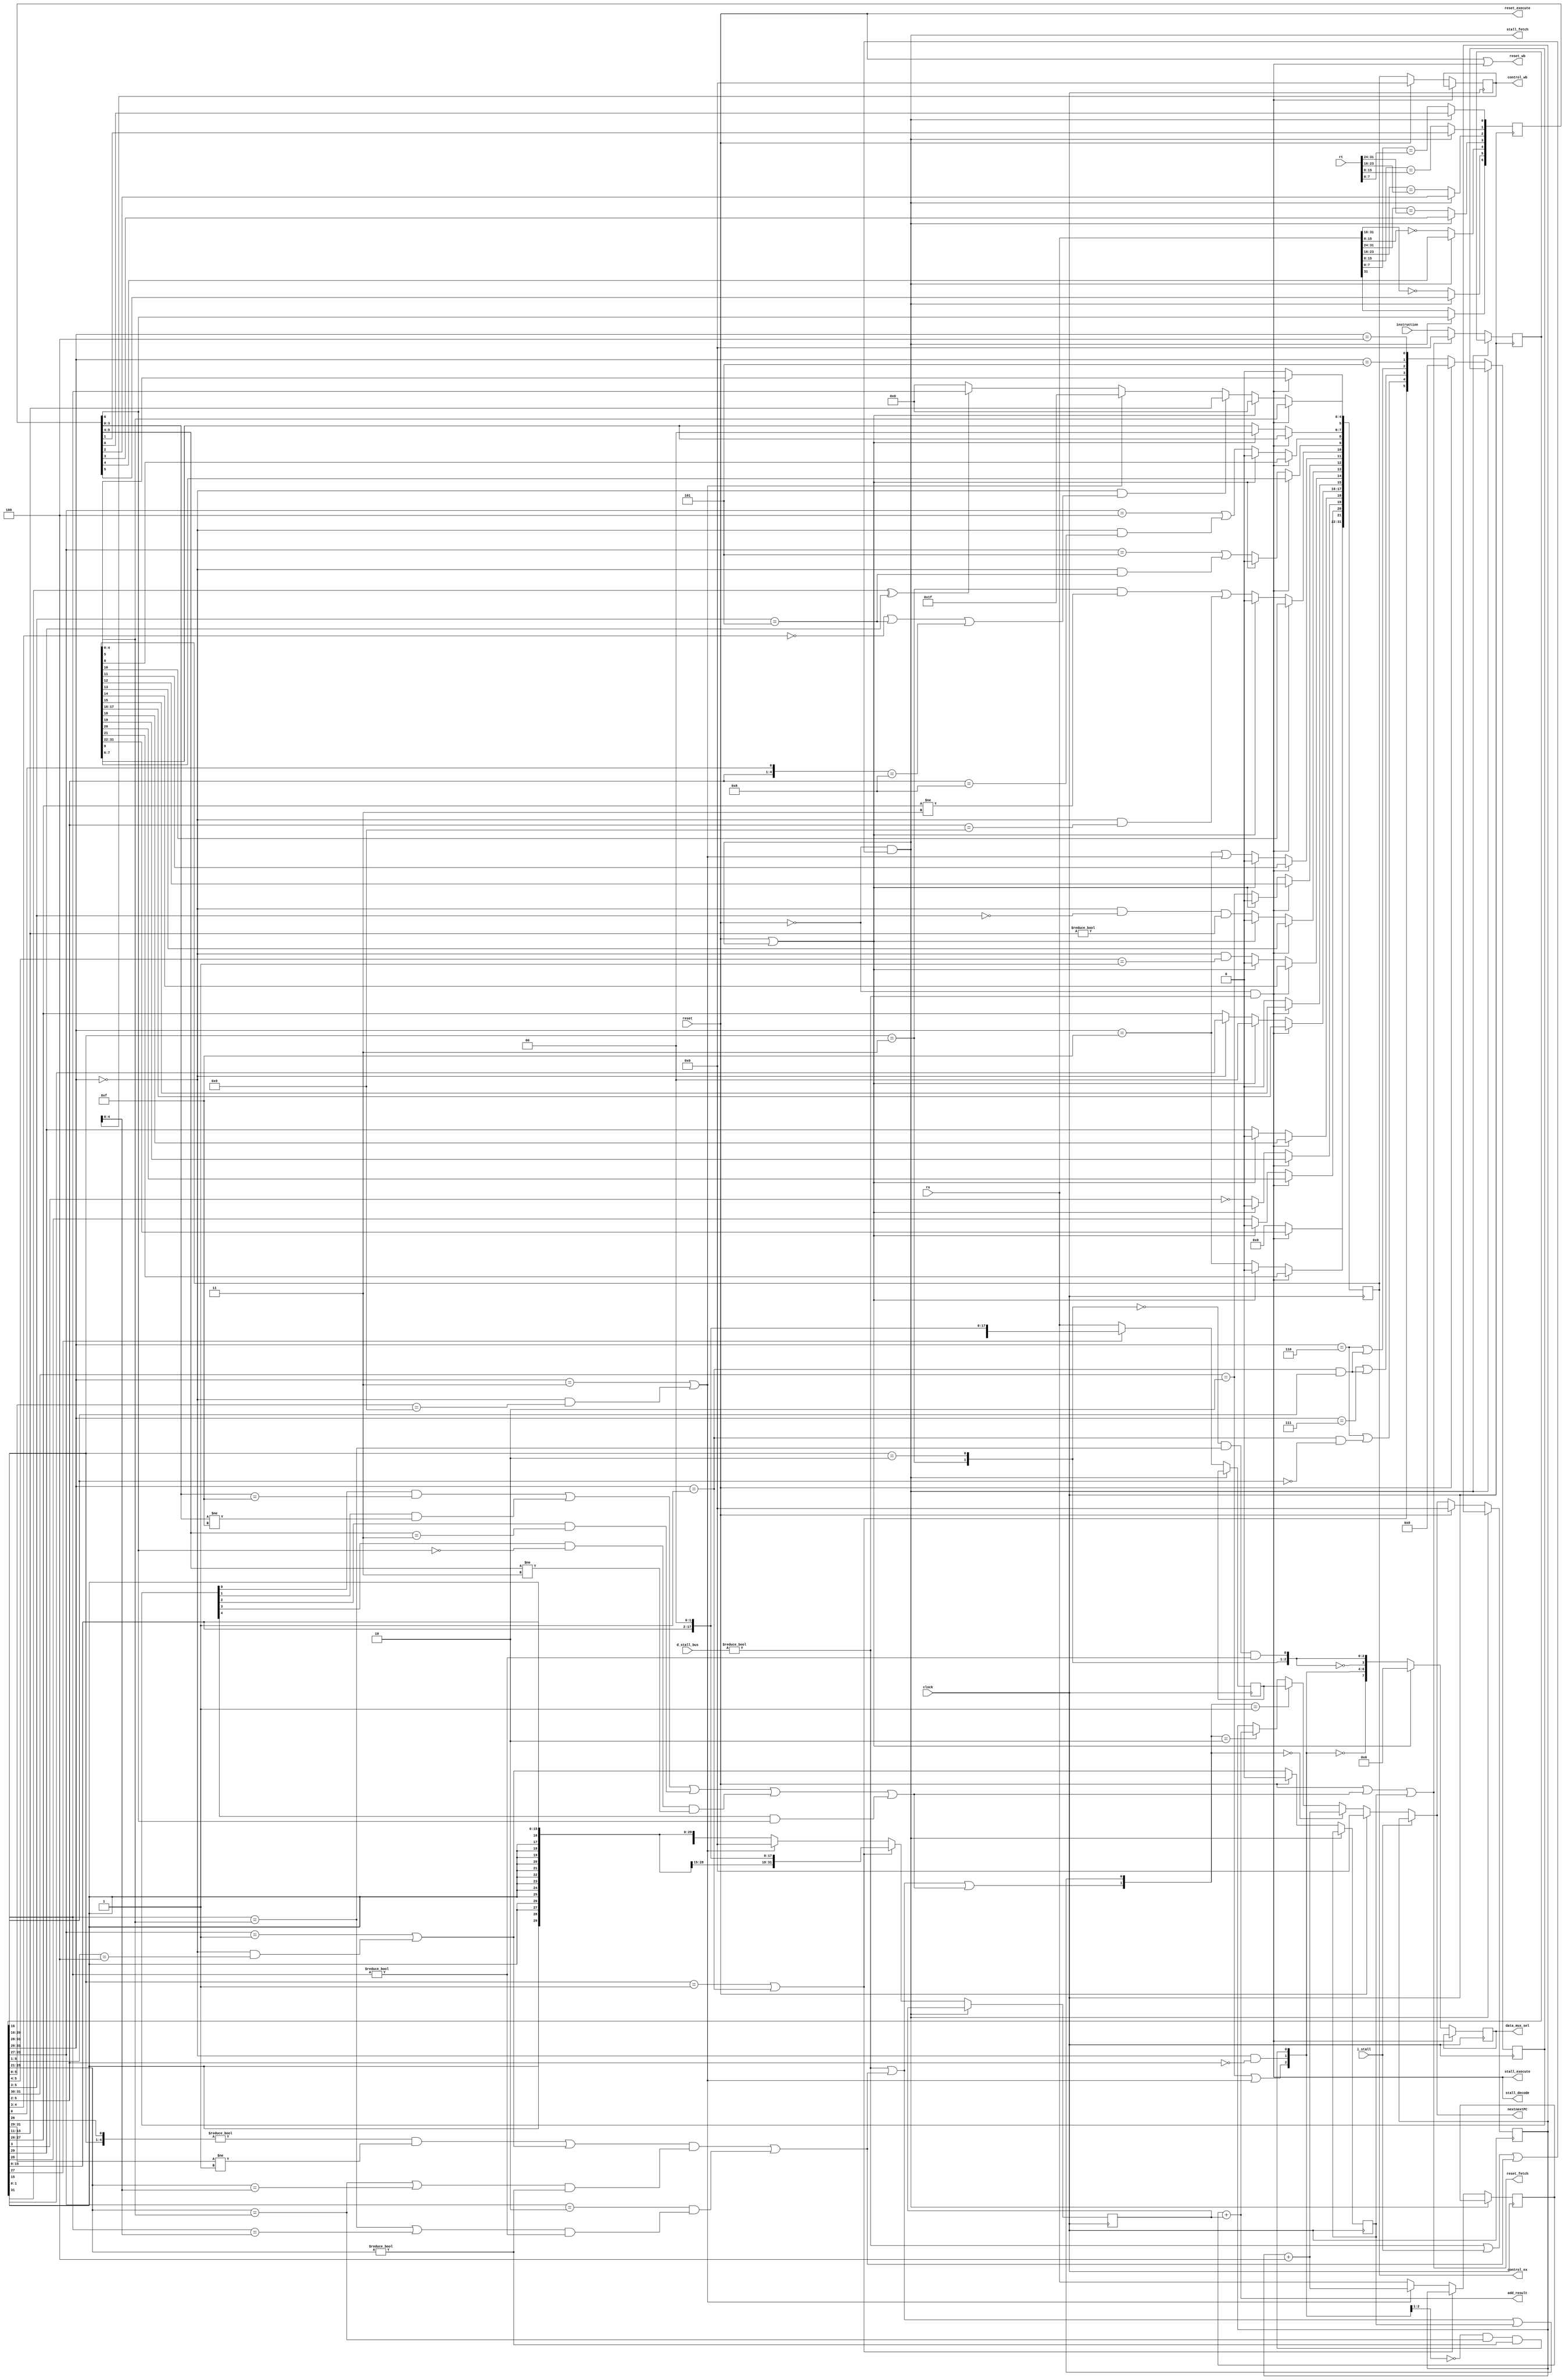
module ztiger_control_unit(
	input clock, reset, i_stall,
	input [7:0] d_stall_bus,
	
	input [31:0] instruction,
	input [31:0] rs, rt,
		
	output stall_fetch, stall_decode, stall_execute, reset_fetch, reset_execute, reset_wb,
	output reg [31:0] control_ex, control_wb,
	output reg [7:0]  data_mux_sel,
	
	output [31:0] nextnextPC, add_result
);

	reg [31:0] instr, nextPC;	
	reg jump;	
	wire branch; 	// it will be assigned in the PC related section	
	wire jump_tmp;

	/********** 	control signals 	**********/	
	wire d_stall = d_stall_bus != 8'd0;
	wire depend  = (((({instr[31:28], instr[26]} != 5'b00000) & (instr[31:29] != 3'b001)) | jump_tmp) &   // requires rs immediately
	                 (((instr[25:21] == control_ex[4:0]) | (instr[25:21] == control_wb[4:0])) & (instr[25:21] != 5'd0))) |
	               ((instr[31:27] == 5'b00010) &                                                          // requires rt immediately
	                 (((instr[20:16] == control_ex[4:0]) | (instr[20:16] == control_wb[4:0])) & (instr[20:16] != 5'd0))) ;

	wire   stall_pc      = stall_fetch;
	assign stall_fetch   = ~reset & (d_stall | i_stall | depend);
	assign stall_decode  = ~reset &  d_stall;
	assign stall_execute = ~reset &  d_stall;					
					
	wire   reset_pc      = reset;
	assign reset_fetch   = reset | branch | jump;
	wire   reset_decode  = reset | stall_fetch;
	assign reset_execute = reset; // do not | stall_decode, because it's the same with stall_execute
	assign reset_wb      = reset | stall_execute;

	/********** 	fetch stage 		**********/
	always @ (posedge clock)
	begin
		if(stall_fetch)
			instr <= instr;	
		else if(reset_fetch)
			instr <= 32'd0;
		else 
			instr <= instruction;
	end	
	
	/**********		decode stage 		**********/

	// whether is a link instruction
	wire link = (instr[31:26] == 6'b000011) | ((instr[31:26] == 6'b000000) & (instr[5:0] == 6'b001001));	
	
	// decode for which unit to execute
	always @ (posedge clock)
	begin
		if(stall_decode)
			control_ex <= control_ex;	
		else if(reset_decode)
			control_ex <= 32'd0;	
		else begin
			control_ex[31:22] <= 10'd0;		// not used
			control_ex[21]    <= instr[31:26] == 6'b001111;                                                            // LUI
			control_ex[20]    <= instr[28];                                                                            // unsign
			control_ex[19]    <= ~instr[3];                                                                            // HI/LO access
			control_ex[18]    <= instr[29];                                                                            // loadn_store
			control_ex[17:16] <= (instr[31:26] == 6'd0) ? instr[1:0] : instr[27:26];                                   // last two bit

			// select execution unit
			control_ex[15]    <= 1'b0;                                                                                 // c0
			control_ex[14]    <= ( instr[31:26] == 6'b000000) & ( instr[5:4] == 5'b01);                                // Mult_Divider
			control_ex[13]    <= ( instr[31:26] == 6'b000000) & ( instr[5:3] == 5'b000) & (instr[15:11] != 5'd0);      // Shifter
			control_ex[12]    <= ( instr[31:30] == 2'b10);	                                                           // Memory_Access 
			control_ex[11]    <= ( instr[31:26] == 6'b001111) |   link;                                                // Direct
			control_ex[10]    <= ((instr[31:28] == 4'b0011)   & ( instr[27:26] != 2'b11)) | 
			                     ((instr[31:26] == 6'b000000) & ( instr[5:2] == 4'b1001));                             // Logic
			control_ex[9]     <= ( instr[31:27] == 5'b00101)  |
			                     ((instr[31:26] == 6'b000000) & ( instr[5:3] == 3'b101));                              // Comp
			control_ex[8]     <= ( instr[31:27] == 5'b00100)  | ((instr[31:26] == 6'b000000) & instr[5:2] == 4'b1000); // Add_Sub
			
			// decode for destination
			control_ex[5]     <= 1'b0;	// register file (reserve for floating point extention)
			control_ex[4:0]   <= ((instr[31:26] == 6'b000000) & 
			                     ((instr[4:3] == 2'b00) | (instr[5:3] == 3'b101) | ({instr[5:2], instr[0]} == 5'b01000))) ? instr[15:11] : 
			                     link ? 5'd31 : (instr[31] ^ instr[29]) ? instr[20:16] : 5'd0;	
		end
	end	
	
	// decode for data mux selection
	wire [7:0] mux_sel;
	// dataa
	assign mux_sel[7] = mux_sel[6:4] == 3'b000;                                                               // rs
	assign mux_sel[6] = ((instr[31:30] == 2'b10) | link);                                                     // add_result
	assign mux_sel[5] = ((instr[31:26] == 6'b000000) & (instr[5:2] == 4'b0000));                              // shamt
	assign mux_sel[4] = (mux_sel[6:5] == 2'b00) & (instr[25:21] == control_ex[4:0]) & (instr[25:21] != 5'd0); // data_rs
	//datab
	assign mux_sel[3] = mux_sel[2:0] == 3'b000;                                                               // rt
	assign mux_sel[2] = (instr[31:28] == 4'b0011);                                                            // ZeroImm
	assign mux_sel[1] = instr[31:28] == 4'b0010;	                                                          // SignImm
	assign mux_sel[0] = (mux_sel[2:1] == 2'b00) & (instr[20:16] == control_ex[4:0]) & (instr[20:16] != 5'd0); // data_rt
	
	always @ (posedge clock)
	begin
		if(stall_decode)
			data_mux_sel <= data_mux_sel;	
		else if(reset_decode)
			data_mux_sel <= 8'd0;	
		else
			data_mux_sel <= mux_sel;
	end		
	
	/********** 	execution stage	**********/
	always @ (posedge clock)
	begin
		if(stall_execute)
			control_wb <= control_wb;	
		else if(reset_execute)
			control_wb <= 32'd0;
		else
			control_wb <= control_ex;
	end
		
	
	/********** 	PC related(de s)	**********/

	// decoding for branch and jump instruction
	wire [5:0] branch_type;
	assign branch_type[5] = (instr[31:28] == 4'b0001)   |  (instr[31:26] == 6'b000001);                // branch_instr
	assign branch_type[4] = (instr[31:26] == 6'b000110) | ((instr[31:26] == 6'b000001) & ~instr[16]);	// branch_ltz
	assign branch_type[3] = (instr[31:26] == 6'b000111) | ((instr[31:26] == 6'b000001) & instr[16]);	// branch_gtz
	assign branch_type[2] = (instr[31:26] == 6'b000110) | ((instr[31:26] == 6'b000001) & instr[16]);	// branch_zero
	assign branch_type[1] = instr[31:26] == 6'b000101;																	// branch_ne
	assign branch_type[0] = instr[31:26] == 6'b000100; 			 													// branch_eq
	
	reg  [5:0] branch_type_buff;
	always @ (posedge clock)
	begin
		if(stall_pc)
			branch_type_buff <= branch_type_buff;	
		else if(reset_pc)
			branch_type_buff <= 6'd0;
		else
			branch_type_buff <= branch_type;
	end	
		
	assign jump_tmp = (instr[31:27] == 5'b00001) | ((instr[31:26] == 6'b000000) & instr[5:1] == 5'b00100) ;
	always @ (posedge clock)
	begin
		if(stall_pc)
			jump <= jump;	
		else if(reset_pc)
			jump <= 1'b0;
		else
			jump <= jump_tmp;
	end	

	// prepare data for deciding whether branch should taken 	
	reg [6:0] condition;
	always @ (posedge clock)
	begin
		if(stall_pc)
			condition <= condition;
		else begin
			condition[6] <= rs[31];                 // ltz
			condition[5] <= rs[31:16] == 16'd0;     // eqz
			condition[4] <= rs[15:0]  == 16'd0;			
			condition[3] <= rs[31:24] == rt[31:24]; // eq	
			condition[2] <= rs[23:16] == rt[23:16];
			condition[1] <= rs[15:8]  == rt[15:8];
			condition[0] <= rs[7:0]	  == rt[7:0];
		end
	end		
	
	// pre-calculate jump_to
	reg [31:0] jump_to;
	always @ (posedge clock)
	begin
		if(stall_pc)
			jump_to <= jump_to;
		else
			jump_to <= instr[27] ? 	{nextPC[31:28], instr[25:0], 2'b00} : rs;
	end	
		
	// adder preparation
	reg [31:0] to_add1, to_add2;
	always @ (posedge clock)
	begin
		if(stall_pc)
			to_add1 <= to_add1;
		else
			to_add1 <= branch_type[5] ? nextPC : link ? nextPC + 4 : rs;
	end

	always @ (posedge clock)
	begin
		if(stall_pc)
			to_add2 <= to_add2;
		else
			to_add2 <= branch_type[5] ? {{14{instr[15]}}, instr[15:0], 2'b00} : link ? 32'd0 : {{16{instr[15]}}, instr[15:0]};
	end	
	
	/********** 	PC related(ex s)	**********/
	assign add_result = to_add1 + to_add2;
	
	wire stall_tmp   = d_stall | depend;
	wire [1:0]  nnPC_sel = { stall_tmp | branch, stall_tmp | jump };
	wire [31:0] nextnextPC_wire = (nnPC_sel == 2'b00)? nextPC + 4 :
	                              (nnPC_sel == 2'b01)? jump_to :
	                              (nnPC_sel == 2'b10)? add_result : nextPC;	
	
	assign nextnextPC = i_stall ? nextPC : reset_pc ? 32'd0 : nextnextPC_wire;
	
	assign branch = (branch_type_buff[0] & (condition[3:0] == 4'b1111)) | 
	                (branch_type_buff[1] & (condition[3:0] != 4'b1111)) | 
						 (branch_type_buff[2] & (condition[5:4] == 2'b11))   | 
						 (branch_type_buff[3] & ~condition[6] & (condition[5:4] != 2'b11)) | (branch_type_buff[4] & condition[6]);	


	initial
		nextPC = 32'd0;

	always @(posedge clock)
	begin
		if(stall_pc)
			nextPC <= nextPC;	
		else if(reset_pc)
			nextPC <= 32'd0;
		else
			nextPC <= nextnextPC;	
	end
	
endmodule